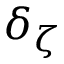
\delta _ { \zeta }